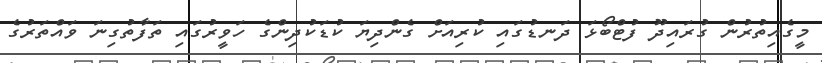
މީގެއިތުރުން ގުރައިދޫ ފުޓްބޯޅަ ދަނޑުގައި ކުރިއަށް ގެންދިޔަ ކުޑަކުދިންގެ ހަވީރުގައި ތަފާތުގިނަ ވައްތަރުގެ